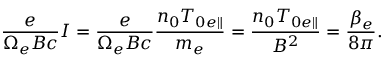
\frac { e } { \Omega _ { e } B c } I = \frac { e } { \Omega _ { e } B c } \frac { n _ { 0 } T _ { 0 e \parallel } } { m _ { e } } = \frac { n _ { 0 } T _ { 0 e \parallel } } { B ^ { 2 } } = \frac { \beta _ { e } } { 8 \pi } .